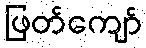
ဖြတ်ကျော်